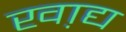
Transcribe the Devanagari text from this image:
खा़द्य